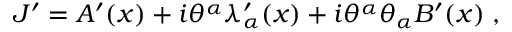
J ^ { \prime } = A ^ { \prime } ( x ) + i \theta ^ { \alpha } \lambda _ { \alpha } ^ { \prime } ( x ) + i \theta ^ { \alpha } \theta _ { \alpha } B ^ { \prime } ( x ) \; ,